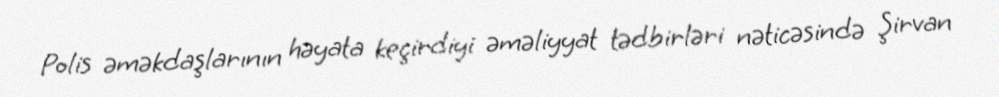
Polis əməkdaşlarının həyata keçirdiyi əməliyyat tədbirləri nəticəsində Şirvan